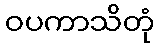
ဝပကာသိတုံ